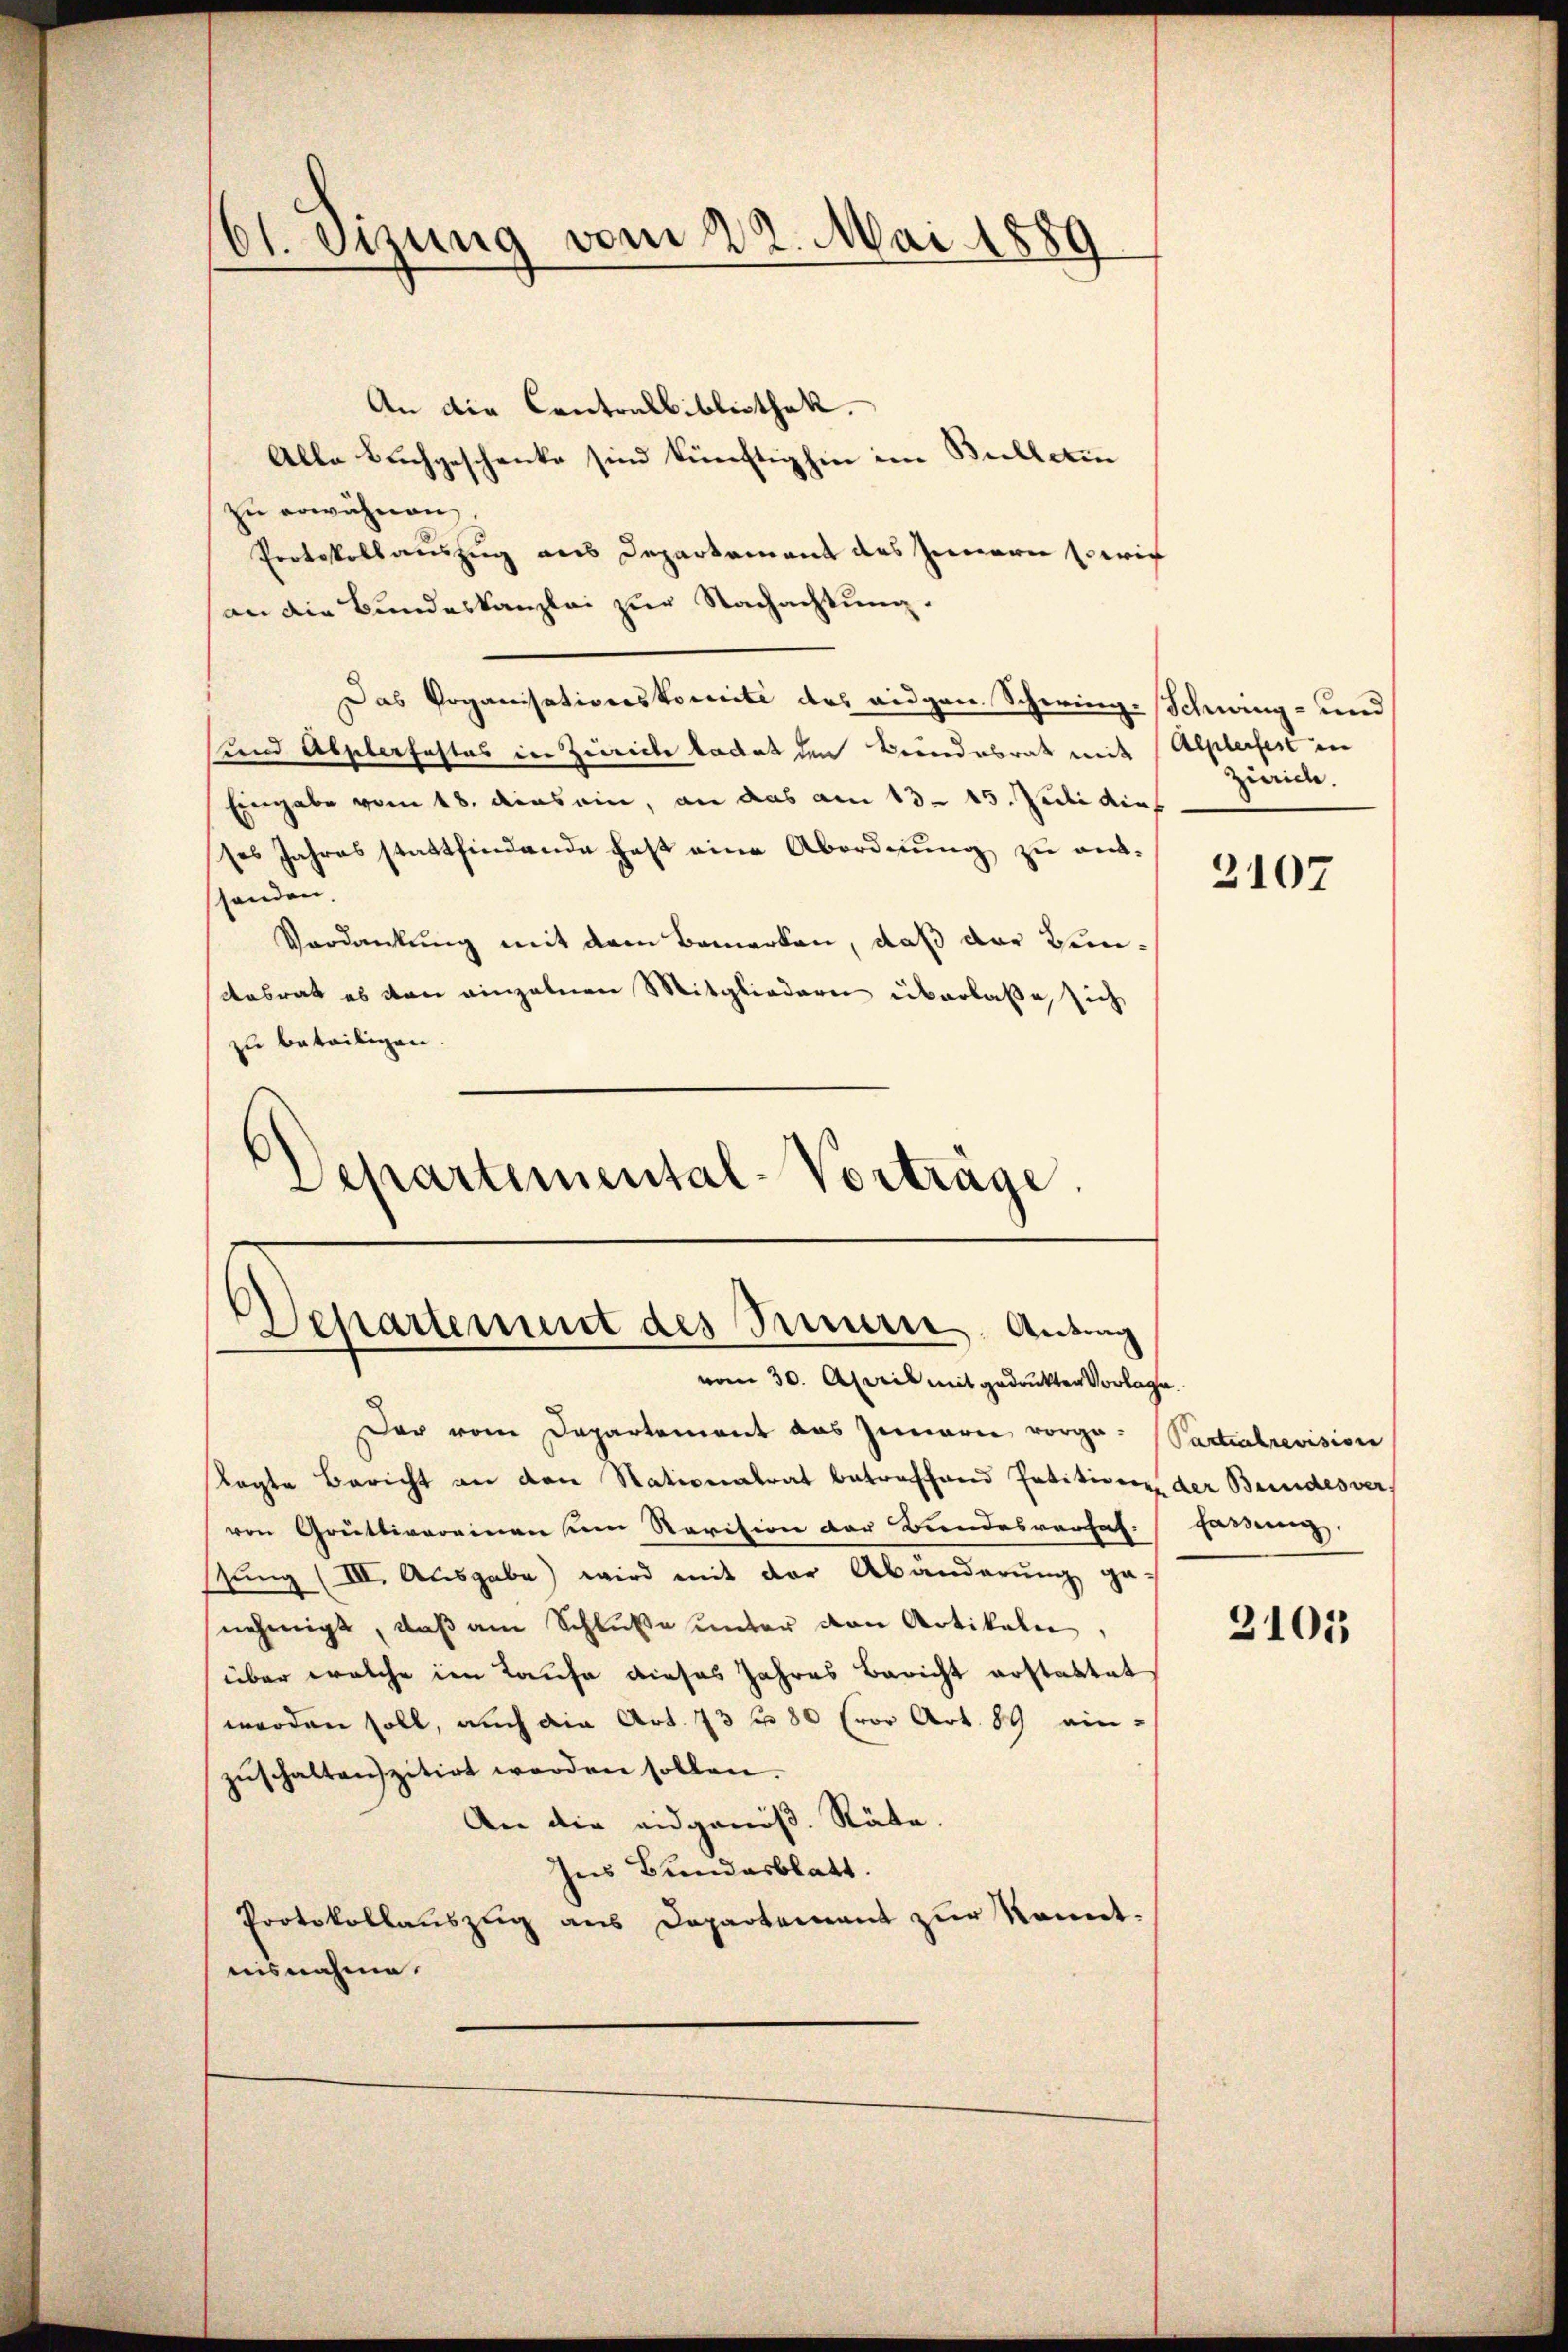
01. Sizung vom 29. Mai 1889

An die Contralbibliothek.
Alle Buchgeschenke sind künftighin im Bulletin
zu erwähnen,
Protokollauszug aus Departement des Innern sowie
an die Bundeskanzlei zur Nachachtung.
Das Vorganisationskomité des eidgen. Schwieg-Schwing- und
und Abgelerfahres der Zwecke badet den Beendesrath mit Alplerfest in
Eingabe vom 18. dies ein, an das am 13. 15. Juli dies
ses Jahres stattfindende fast eine Abordnung zu anthanden
Verdankung mit dem Bemerken, daß der Bundabrat es von einzelnen Mitgliedern überlaße, sich
zu beteiligen
Departemental-Vorträge.

Departement des Treuern, Antrag
vom 30. April mit gedrukten Vorlage.

Der vom Departement das Zunarie vorge- Partialrevision
lagte Bericht an den Stationalrat betreffend Petition der Bundesver-
ven Grütlivereinen um Revision der Bundesversaf:
sŭng (III. Ausgabe) wird mit der Abänderŭng ge-
nehmigt, daß am Schluße unter den Artikeln,
über welche im Laufe dieses Jahres Bericht erstattet
werden soll, auch die Art. 73 f 80 (vor Art. 89 ein-
zŭschalten zitirt werden sollen.
An die eidgenöß. Räte.
Ins Bundesblatt.
Protokollauszug aus Departement zur kannt.
nisnahme.

Zieid.

3107

fassung.

3101